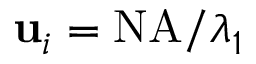
\mathbf { u } _ { i } = \mathrm { N A } / \lambda _ { 1 }